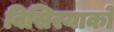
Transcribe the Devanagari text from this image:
बिसिरयाको